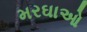
મરઘાઓ